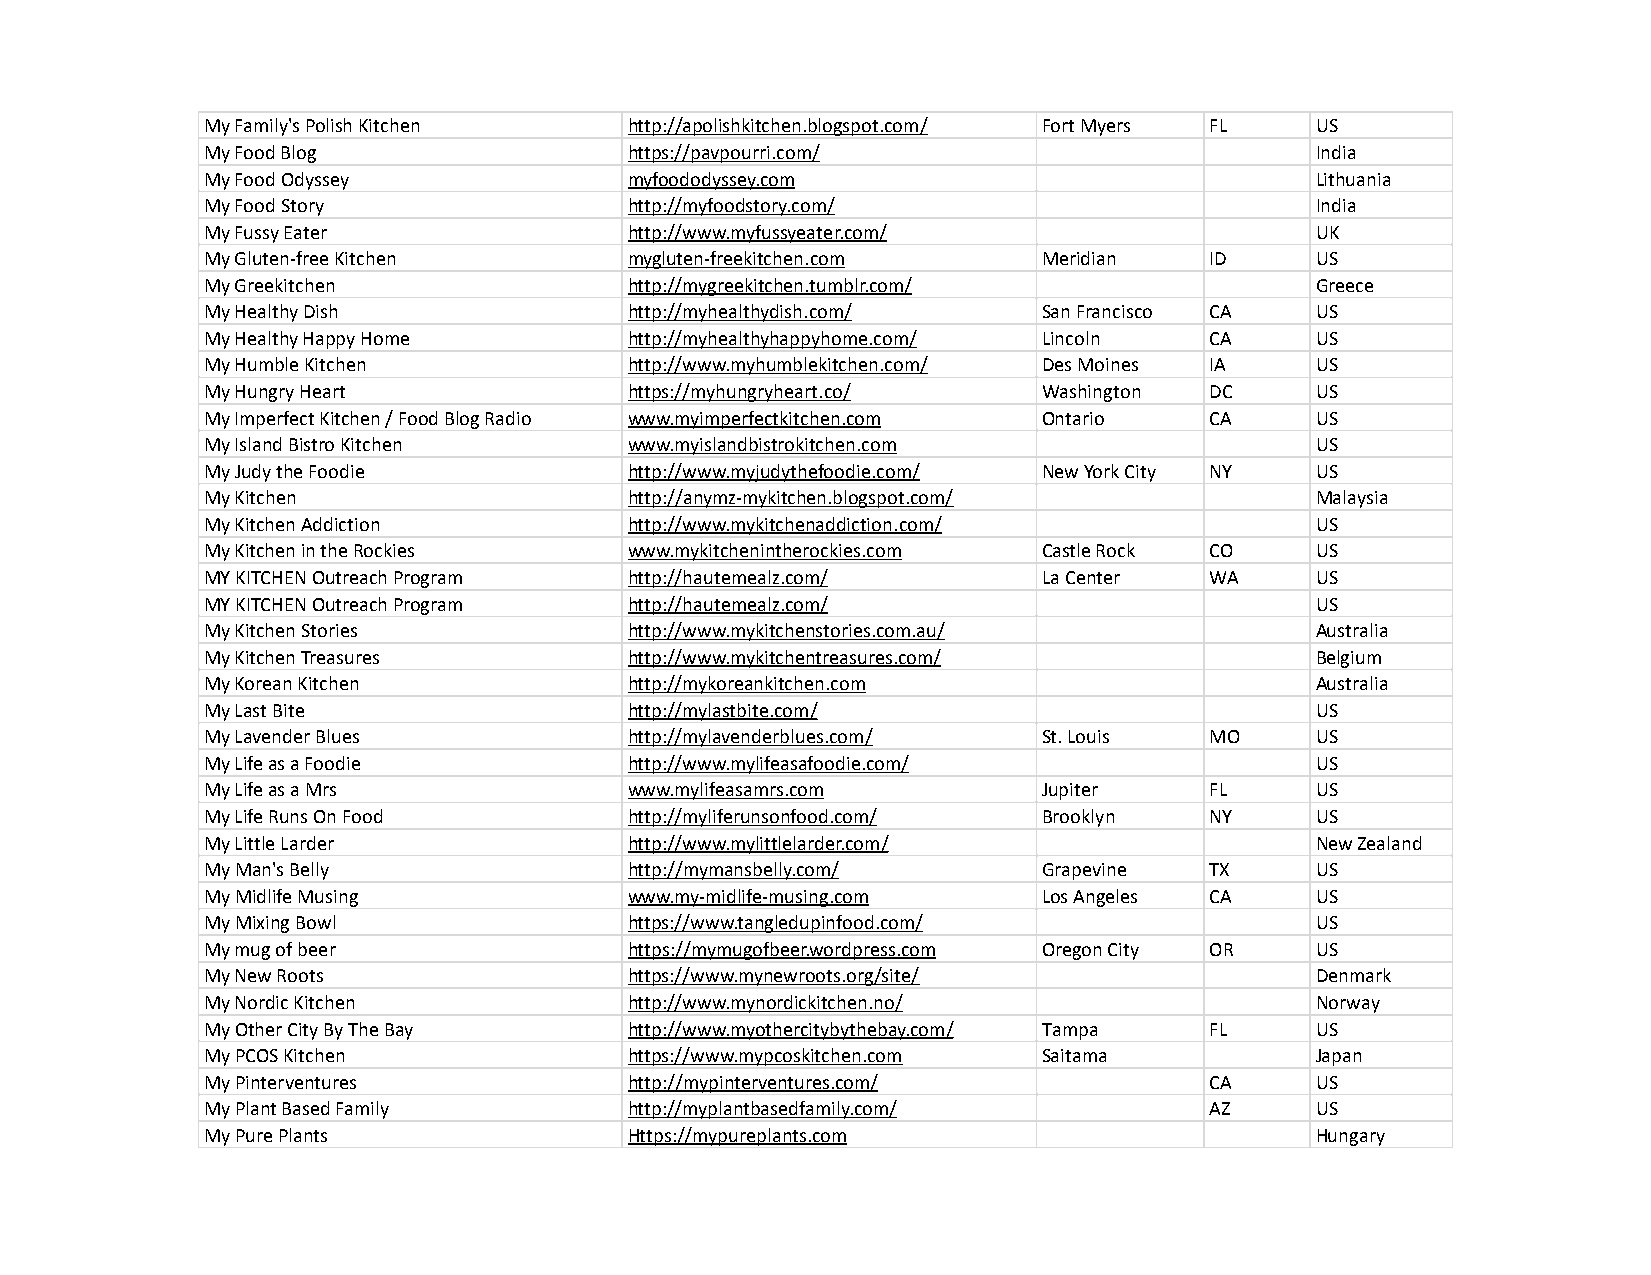
My Family's Polish Kitchen  http://apolishkitchen.blogspot.com/ Fort Myers FL US
 My Food Blog                https://pavpourri.com/                       India
 My Food Odyssey             myfoododyssey.com                            Lithuania
 My Food Story               http://myfoodstory.com/                      India
 My Fussy Eater              http://www.myfussyeater.com/                 UK
 My Gluten-free Kitchen      mygluten-freekitchen.com   Meridian   ID     US
 My Greekitchen              http://mygreekitchen.tumblr.com/             Greece
 My Healthy Dish             http://myhealthydish.com/  San Francisco CA  US
 My Healthy Happy Home       http://myhealthyhappyhome.com/ Lincoln CA    US
 My Humble Kitchen           http://www.myhumblekitchen.com/ Des Moines IA US
 My Hungry Heart             https://myhungryheart.co/  Washington DC     US
 My Imperfect Kitchen / Food Blog Radio www.myimperfectkitchen.com Ontario CA US
 My Island Bistro Kitchen    www.myislandbistrokitchen.com                US
 My Judy the Foodie          http://www.myjudythefoodie.com/ New York City NY US
 My Kitchen                  http://anymz-mykitchen.blogspot.com/         Malaysia
 My Kitchen Addiction        http://www.mykitchenaddiction.com/           US
 My Kitchen in the Rockies   www.mykitchenintherockies.com Castle Rock CO US
 MY KITCHEN Outreach Program http://hautemealz.com/     La Center  WA     US
 MY KITCHEN Outreach Program http://hautemealz.com/                       US
 My Kitchen Stories          http://www.mykitchenstories.com.au/          Australia
 My Kitchen Treasures        http://www.mykitchentreasures.com/           Belgium
 My Korean Kitchen           http://mykoreankitchen.com                   Australia
 My Last Bite                http://mylastbite.com/                       US
 My Lavender Blues           http://mylavenderblues.com/ St. Louis MO     US
 My Life as a Foodie         http://www.mylifeasafoodie.com/              US
 My Life as a Mrs            www.mylifeasamrs.com       Jupiter    FL     US
 My Life Runs On Food        http://myliferunsonfood.com/ Brooklyn NY     US
 My Little Larder            http://www.mylittlelarder.com/               New Zealand
 My Man's Belly              http://mymansbelly.com/    Grapevine  TX     US
 My Midlife Musing           www.my-midlife-musing.com  Los Angeles CA    US
 My Mixing Bowl              https://www.tangledupinfood.com/             US
 My mug of beer              https://mymugofbeer.wordpress.com Oregon City OR US
 My New Roots                https://www.mynewroots.org/site/             Denmark
 My Nordic Kitchen           http://www.mynordickitchen.no/               Norway
 My Other City By The Bay    http://www.myothercitybythebay.com/ Tampa FL US
 My PCOS Kitchen             https://www.mypcoskitchen.com Saitama        Japan
 My Pinterventures           http://mypinterventures.com/          CA     US
 My Plant Based Family       http://myplantbasedfamily.com/        AZ     US
 My Pure Plants              Https://mypureplants.com                     Hungary